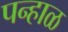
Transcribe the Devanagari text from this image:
पन्हाळ